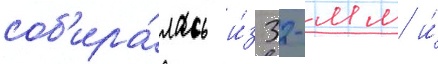
соб'ира́лась и́з 32-мм и́